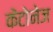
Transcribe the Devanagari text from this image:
केंटोनेज